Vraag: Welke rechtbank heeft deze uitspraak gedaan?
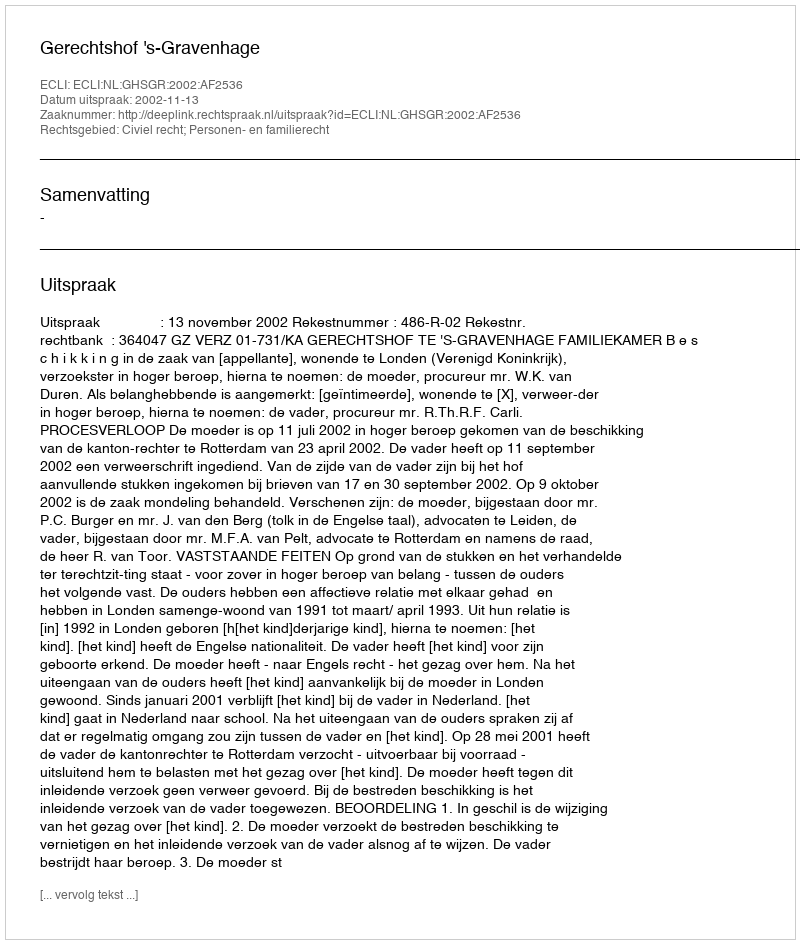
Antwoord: Gerechtshof 's-Gravenhage